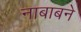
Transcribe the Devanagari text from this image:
नाबाबने